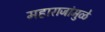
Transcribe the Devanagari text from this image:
महाराजांमुळे